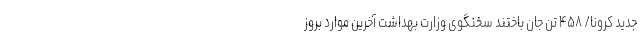
جدید کرونا/ ۴۵۸ تن جان باختند سخنگوی وزارت بهداشت آخرین موارد بروز